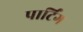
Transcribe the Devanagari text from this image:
पार्टिंग